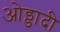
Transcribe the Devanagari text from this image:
ओड्डादी